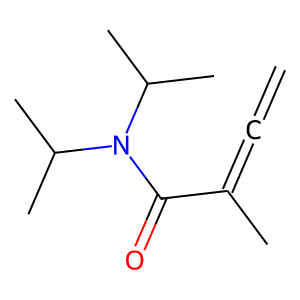
SMILES: C=C=C(C)C(=O)N(C(C)C)C(C)C
Inhibits HIV replication: No